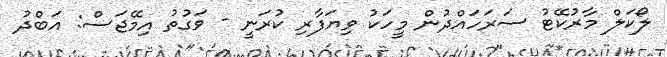
ލޯކަލް މާރުކޭޓު ސަރަހައްދުން މީހަކު ވިޔަފާރި ކުރަނީ - ވަގުތު އިމޭޖަސް: އަބްދު